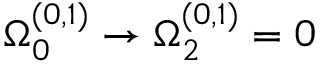
\Omega _ { 0 } ^ { ( 0 , 1 ) } \rightarrow \Omega _ { 2 } ^ { ( 0 , 1 ) } = 0